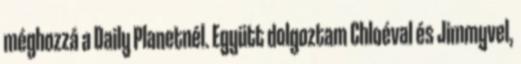
méghozzá a Daily Planetnél. Együtt dolgoztam Chloéval és Jimmyvel,